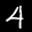
Label: 4